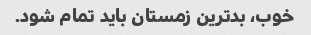
خوب، بدترین زمستان باید تمام شود.